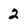
Character: 2